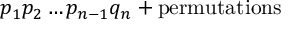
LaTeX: p _ { 1 } p _ { 2 } \ldots p _ { n - 1 } q _ { n } + \mathrm { p e r m u t a t i o n s }